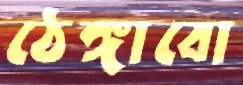
ঠেঙ্গাবো